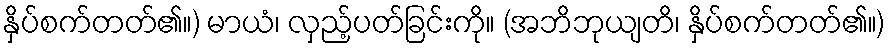
နှိပ်စက်တတ်၏။) မာယံ၊ လှည့်ပတ်ခြင်းကို။ (အဘိဘုယျတိ၊ နှိပ်စက်တတ်၏။)